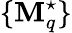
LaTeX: \{ \mathbf{M}_{q}^{\star}\}